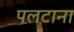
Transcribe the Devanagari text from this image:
पलटाना